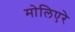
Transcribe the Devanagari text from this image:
मोलिएरे